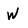
Character: W